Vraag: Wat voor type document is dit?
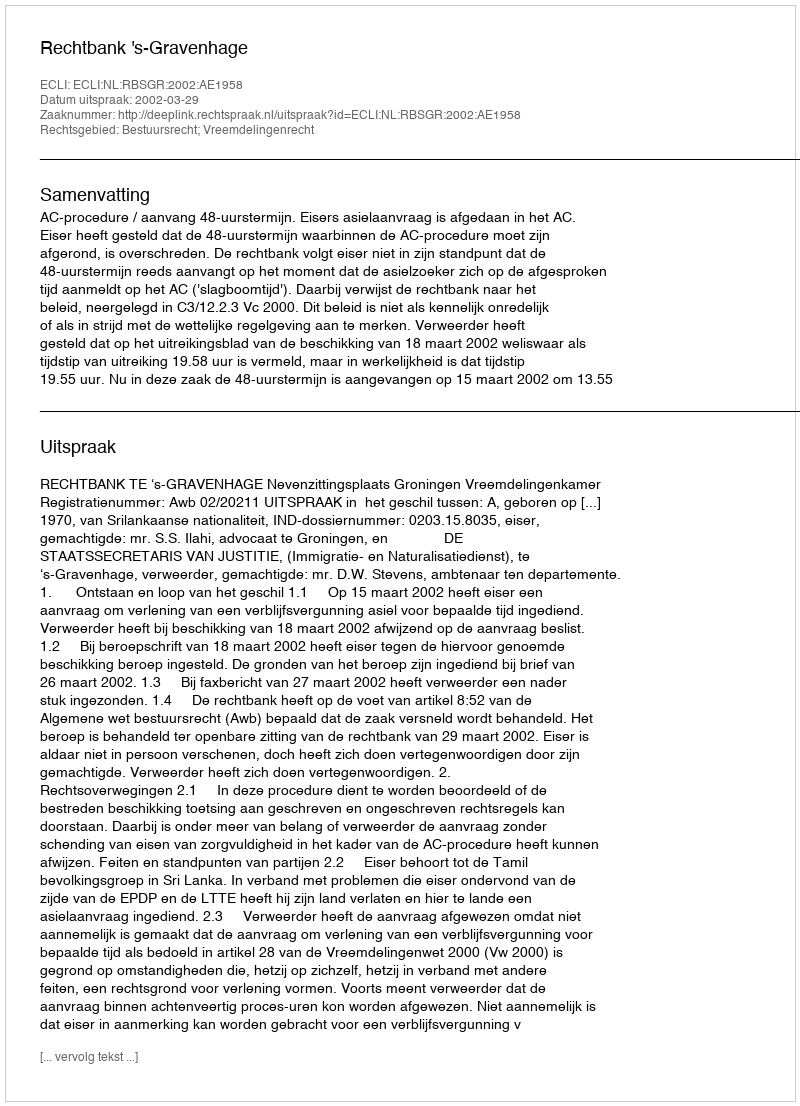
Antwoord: Uitspraak